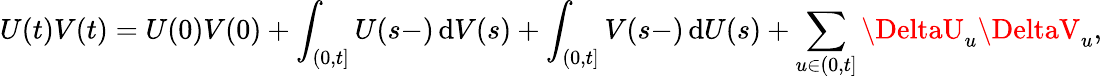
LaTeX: U(t)V(t)=U(0)V(0)+\int_{(0,t]}U(s-)\, \mathrm{d}V(s)+\int_{(0,t]}V(s-)\, \mathrm{d}U(s)+\sum_{u\in(0,t]}\DeltaU_{u}\DeltaV_{u},